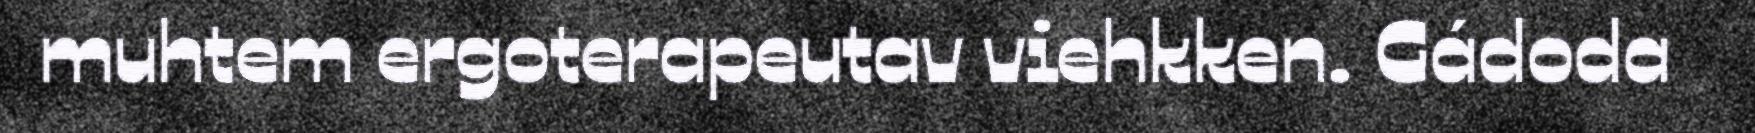
muhtem ergoterapeutav viehkken. Gádoda